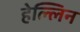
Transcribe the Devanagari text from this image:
हेल्लिन